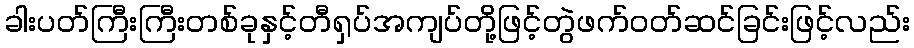
ခါးပတ်ကြီးကြီးတစ်ခုနှင့်တီရှပ်အကျပ်တို့ဖြင့်တွဲဖက်ဝတ်ဆင်ခြင်းဖြင့်လည်း